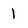
Character: 1